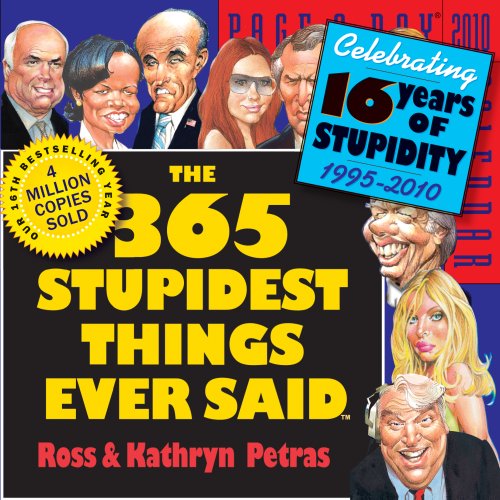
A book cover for The 365 Stupidest Things Ever Said Page-A-Day Calendar 2010; Ross Petras; Calendars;